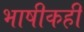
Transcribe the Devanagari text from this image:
भाषीकही